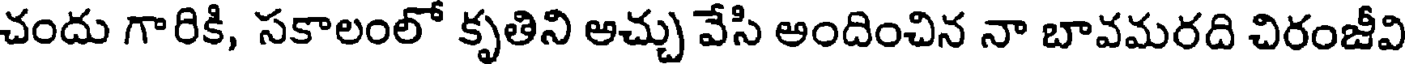
చందు గారికి, సకాలంలో కృతిని అచ్చు వేసి అందించిన నా బావమరది చిరంజీవి